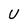
Character: U